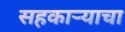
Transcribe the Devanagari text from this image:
सहकार्‍याचा